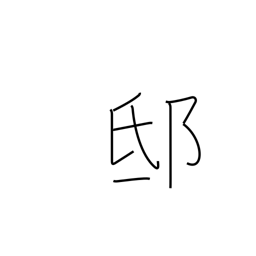
Meaning: mansion